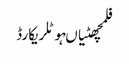
فلمچھٹیاںہوٹلریکارڈ